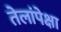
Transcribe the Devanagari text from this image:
तेलांपेक्षा